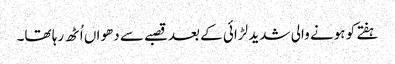
ہفتے کو ہونے والی شدید لڑائی کے بعدقصبے سے دھواں اُٹھ رہا تھا۔